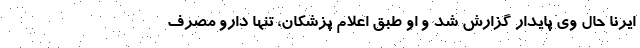
ایرنا حال وی پایدار گزارش شد و او طبق اعلام پزشکان، تنها دارو مصرف